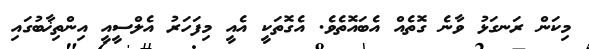
މިކަން ރަނގަޅު ވާނެ ގޮތެއް އެބައޮތެވެ. އެގޮތަކީ އެއީ މިފަހަރު އެލްސީއީ އިންތިޚާބުގައި